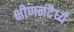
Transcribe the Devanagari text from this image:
क्षीणनदैर्ध्य